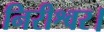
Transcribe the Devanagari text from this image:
निरीश्वर।